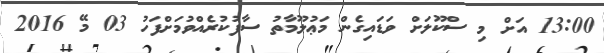
13:00 އަށް މި ސްކޫލަށް ވަޑައިގެން މަޢުލޫމާތު ސާފުކުރެއްވުމަށްފަހު 03 މޭ 2016